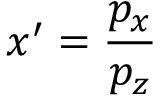
x ^ { \prime } = \frac { p _ { x } } { p _ { z } }